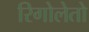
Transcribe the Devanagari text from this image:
रिगोलेतो